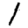
Digit: 1